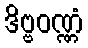
ဒိဗ္ဗဝဏ္ဏံ